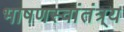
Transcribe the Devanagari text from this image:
भाषणस्वांतंत्र्य